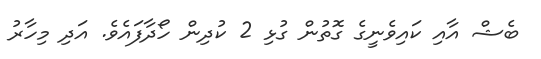
ބެޝް އާއި ކައިވެނީގެ ގޮތުން ގުޅި 2 ކުދިން ހޯދާފައެވެ. އަދި މިހާރު